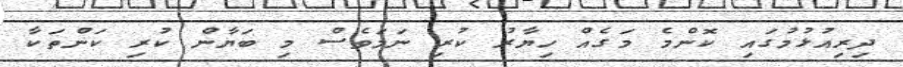
ދިރިއުޅުމުގައި ކޮންމެ މަގެއް ހިޔާރު ކުރި ނަމަވެސް މި ބަޔާން ކުރި ކަންތަކާ